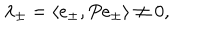
\lambda _ { \pm } = \langle e _ { \pm } , P e _ { \pm } \rangle \neq 0 ,